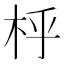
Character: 㭔